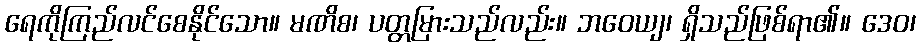
ရေကိုကြည်လင်စေနိုင်သော။ မဏိစ၊ ပတ္တမြားသည်လည်း။ ဘဝေယျ၊ ရှိသည်ဖြစ်ရာ၏။ ဒေဝ၊